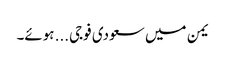
یمن میں سعودی فوجی... ہوئے۔